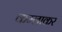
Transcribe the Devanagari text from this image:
कम्लाकर